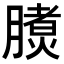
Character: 𣎧